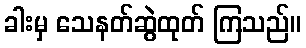
ခါးမှ သေနတ်ဆွဲထုတ် ကြသည်။